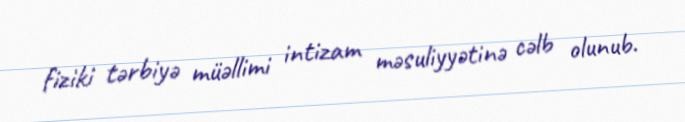
fiziki tərbiyə müəllimi intizam məsuliyyətinə cəlb olunub.